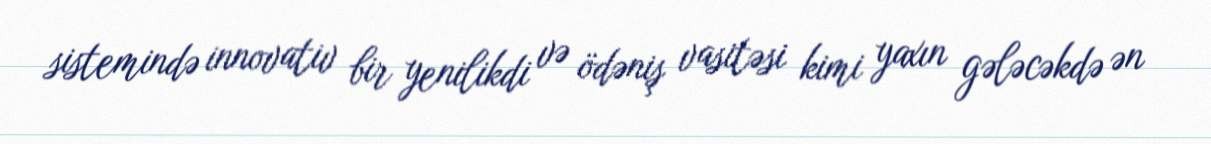
sistemində innovativ bir yenilikdi və ödəniş vasitəsi kimi yaxın gələcəkdə ən